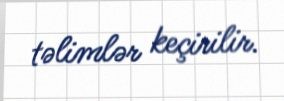
təlimlər keçirilir.